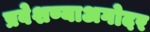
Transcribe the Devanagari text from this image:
प्रवेशण्याअगोदर